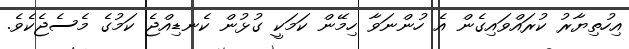
އިހުތިޔާރު ކުރައްވައިގެން އެ ހުންނަވާ ހިމޭން ކަމަކީ ގުޅުން ކެނޑިއްޖެ ކަމުގެ މެސެޖެކެވެ.